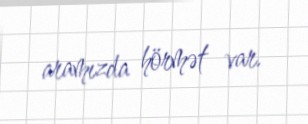
aramızda hörmət var.